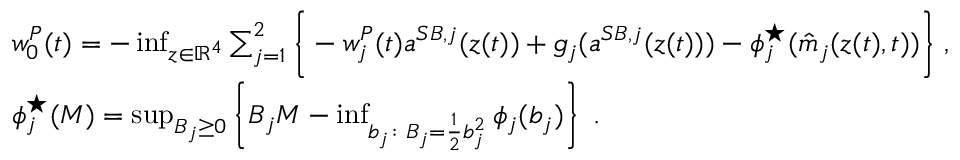
\begin{array} { r l } & { w _ { 0 } ^ { P } ( t ) = - \operatorname* { i n f } _ { z \in \mathbb { R } ^ { 4 } } \sum _ { j = 1 } ^ { 2 } \Bigg \{ - w _ { j } ^ { P } ( t ) { a } ^ { S B , j } ( z ( t ) ) + g _ { j } ( { a } ^ { S B , j } ( z ( t ) ) ) - \phi _ { j } ^ { \star } ( \hat { m } _ { j } ( z ( t ) , t ) ) \Bigg \} \; , } \\ & { \phi _ { j } ^ { \star } ( M ) = \operatorname* { s u p } _ { B _ { j } \geq 0 } \left\{ B _ { j } M - \operatorname* { i n f } _ { b _ { j } \colon B _ { j } = \frac 1 2 b _ { j } ^ { 2 } } \phi _ { j } ( b _ { j } ) \right\} \; . } \end{array}